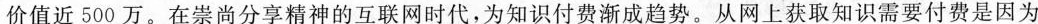
价值近500万。在崇尚分享精神的互联网时代，为知识付费渐成趋势。从网上获取知识需要付费是因为